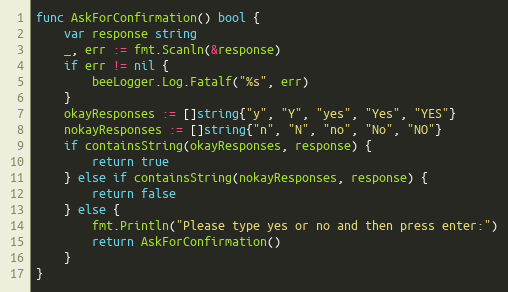
Language: Go
func AskForConfirmation() bool {
	var response string
	_, err := fmt.Scanln(&response)
	if err != nil {
		beeLogger.Log.Fatalf("%s", err)
	}
	okayResponses := []string{"y", "Y", "yes", "Yes", "YES"}
	nokayResponses := []string{"n", "N", "no", "No", "NO"}
	if containsString(okayResponses, response) {
		return true
	} else if containsString(nokayResponses, response) {
		return false
	} else {
		fmt.Println("Please type yes or no and then press enter:")
		return AskForConfirmation()
	}
}